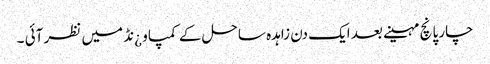
چار پانچ مہینے بعد ایک دن زاہدہ ساحل کے کمپاو ¿نڈ میں نظر آئی ۔